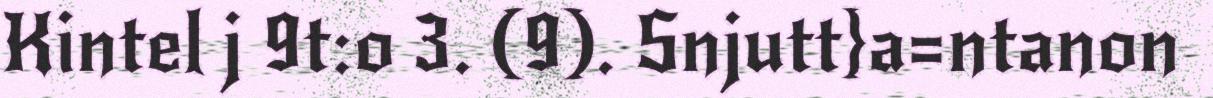
Kintel j 9t:o 3. (9). Snjutt}a=ntanon